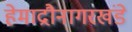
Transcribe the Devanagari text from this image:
हेमाद्रौनागरखंडे